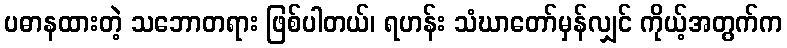
ပဓာနထားတဲ့ သဘောတရား ဖြစ်ပါတယ်၊ ရဟန်း သံဃာတော်မှန်လျှင် ကိုယ့်အတွက်က